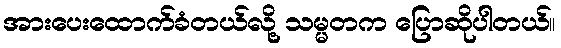
အားပေးထောက်ခံတယ်လို့ သမ္မတက ပြောဆိုပါတယ်။